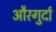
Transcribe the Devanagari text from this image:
औरगुर्दा